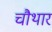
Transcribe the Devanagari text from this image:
चौथार